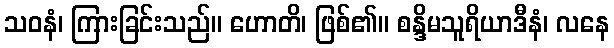
သဝနံ၊ ကြားခြင်းသည်။ ဟောတိ၊ ဖြစ်၏။ စန္ဒိမသူရိယာဒီနံ၊ လနေ